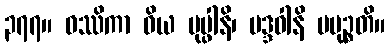
၃၇၇။ ဝဿိကာ ဝိယ ပုပ္ဖါနိ၊ မဒ္ဒဝါနိ ပမုဉ္စတိ။